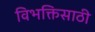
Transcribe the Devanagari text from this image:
विभक्तिसाठी